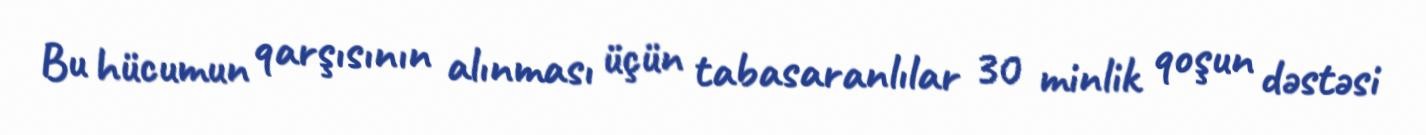
Bu hücumun qarşısının alınması üçün tabasaranlılar 30 minlik qoşun dəstəsi